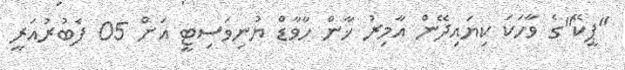
"ޕީކޭ"ގެ ވާހަކަ ކިޔައިދޭން އާމިރު ޚާން ހާވާޑް ޔުނިވަސިޓީ އަށް 05 ފެބުރުއަރީ